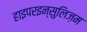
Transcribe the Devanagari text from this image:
हाइपरइन्सुलिज़म